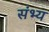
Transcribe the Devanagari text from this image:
संभ्य